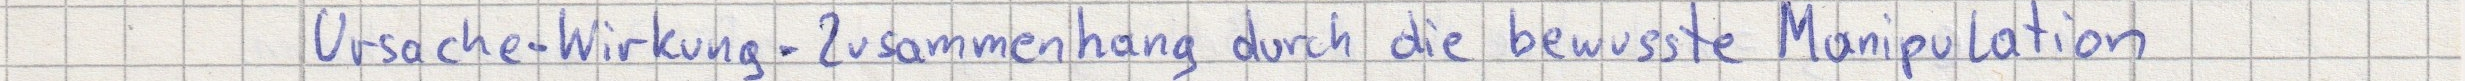
Ursache-Wirkung-Zusammenhang durch die bewusste Manipulation